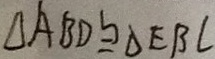
\Delta A B D \cong \Delta E B C